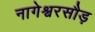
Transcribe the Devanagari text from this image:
नागेश्वरसौड़